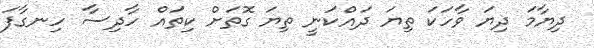
ދިޔާމަ ދިޔަ ވާހަކަ ތިޔަ ދައްކަނީ ތިޔަ ގޮތަށް ކިތައް ހާދިސާ ހިނގާފަ